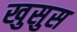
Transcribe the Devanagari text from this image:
खुसुस